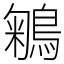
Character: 鵴